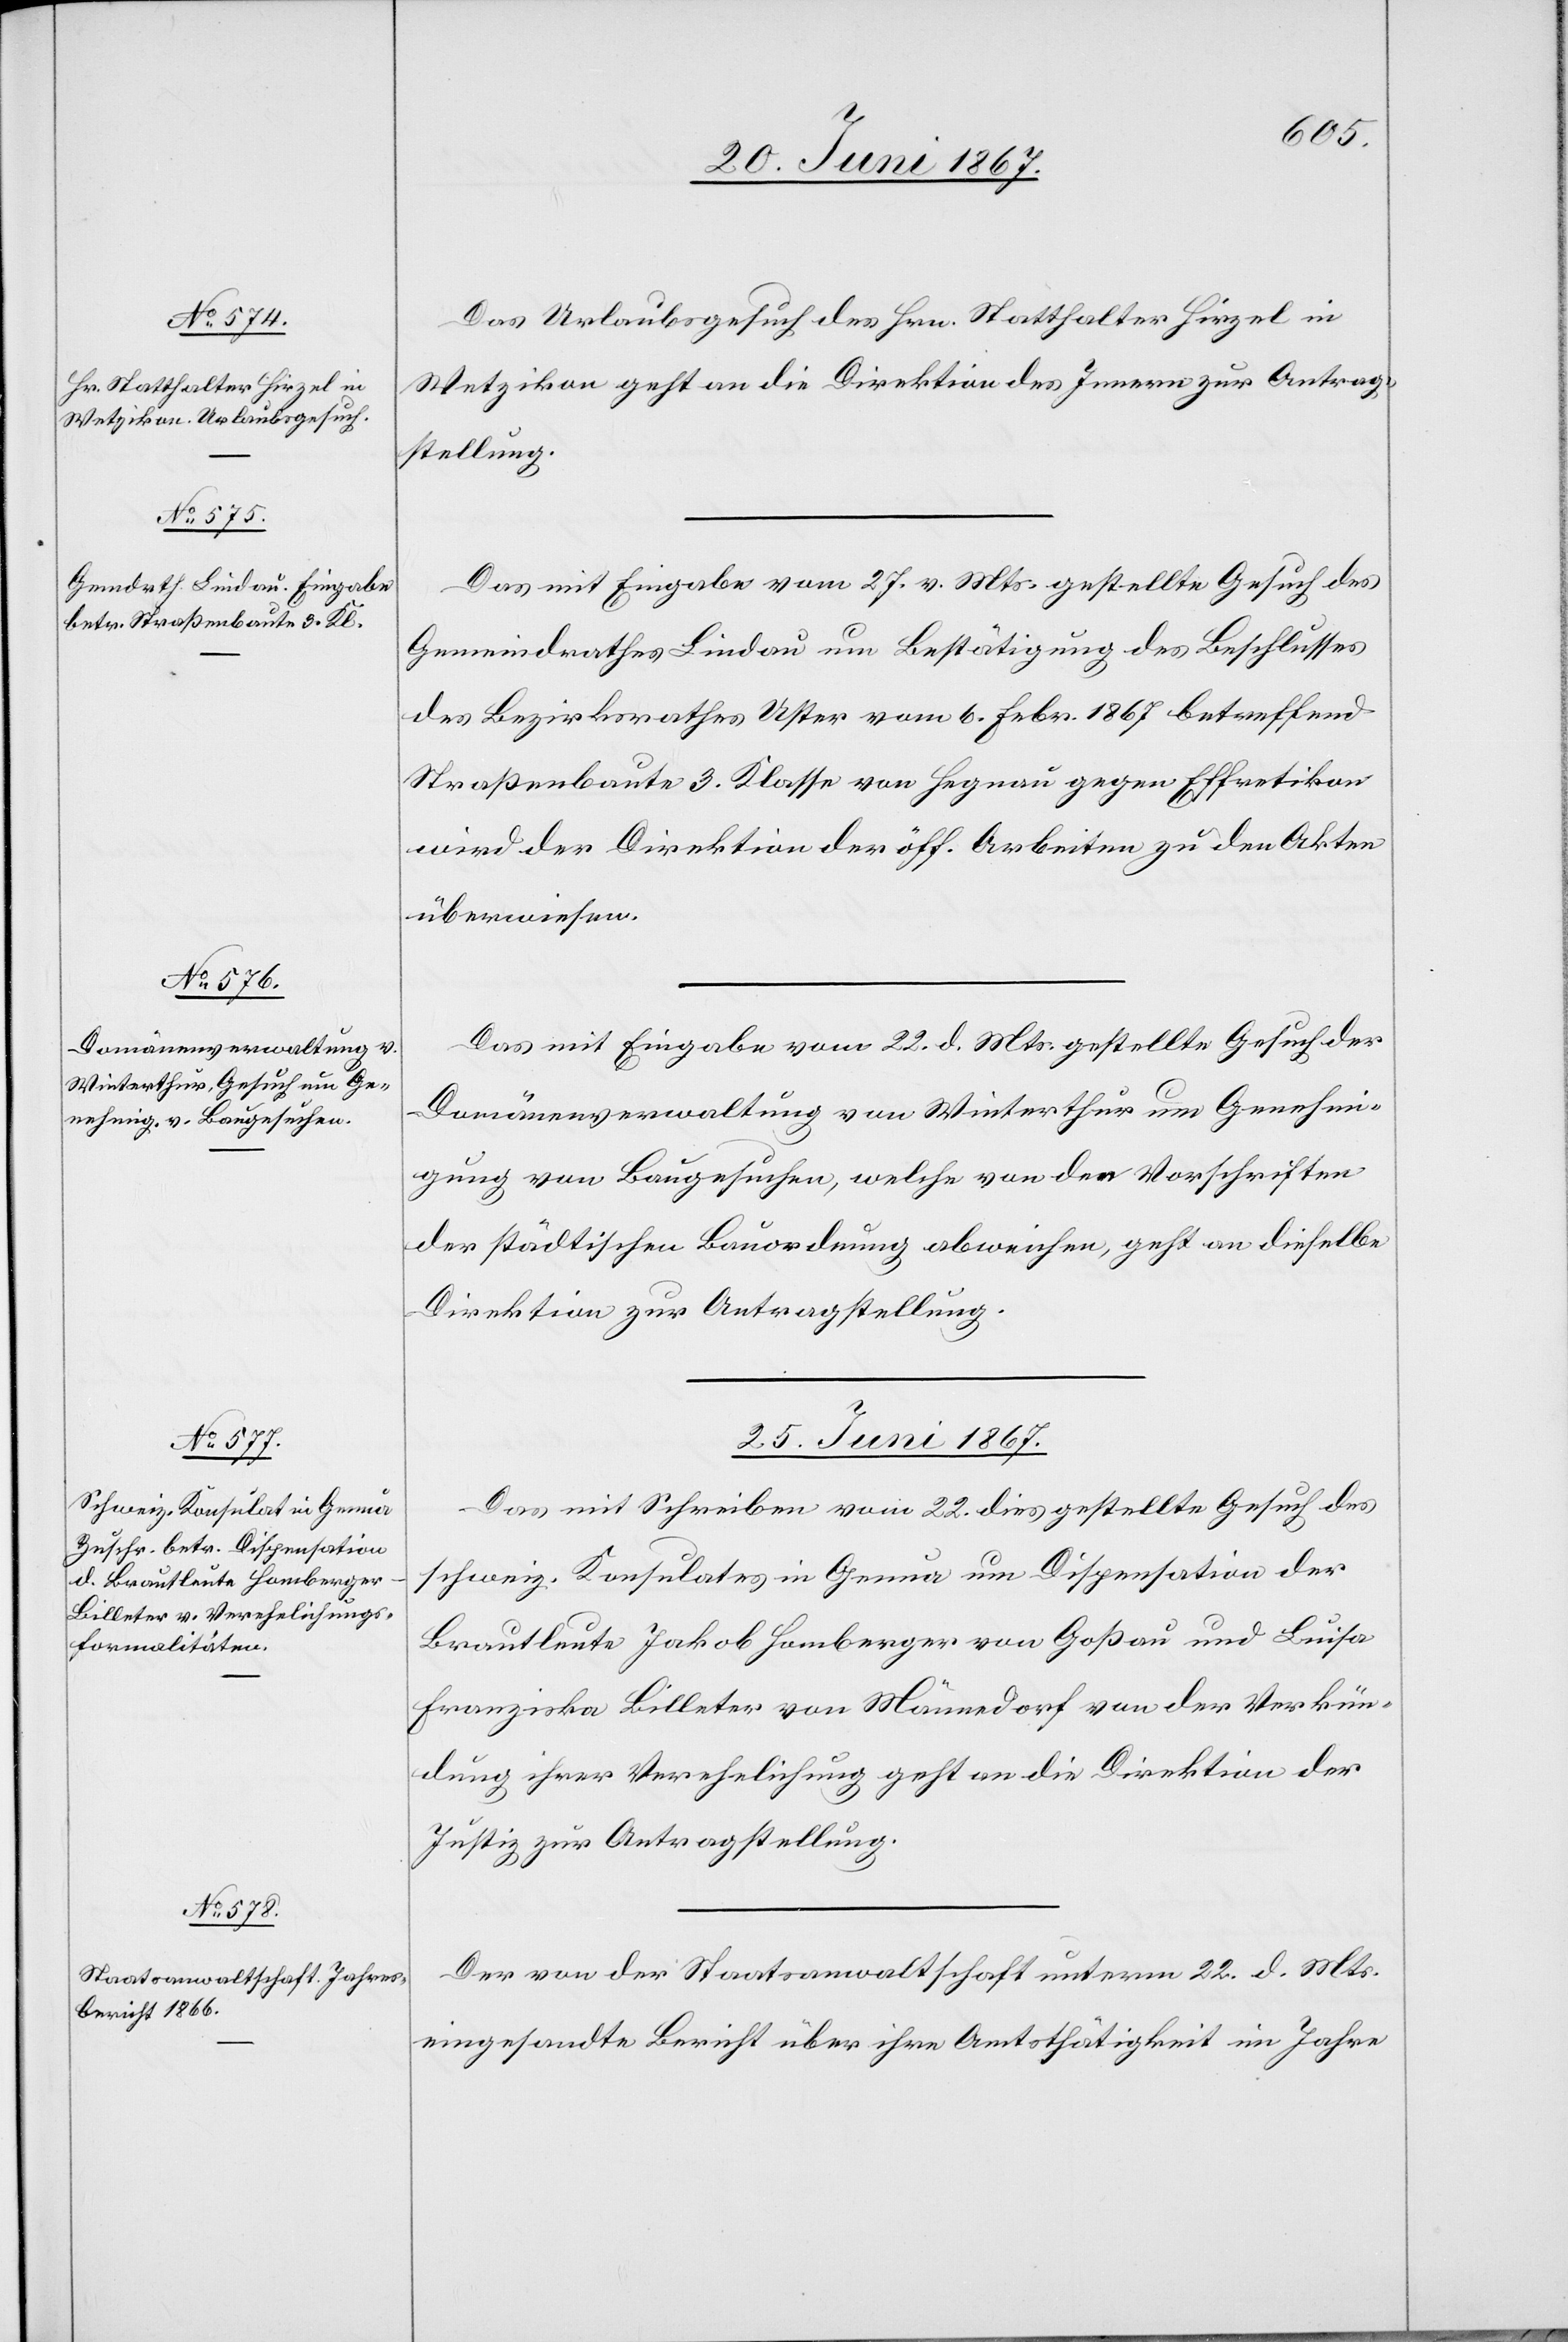
24. Juni 1867.]
Das Urlaubsgensuch des Hrn. Statthalter Hirzel in
Wetzikon geht an die Direktion des Innern zur Antrag¬
stellung.
Das mit Eingabe vom 27. v. Mts. gestellte Gesuch des
Gemeindrathes Lindau um Bestätigung des Beschlusses
des Bezirksrathes Uster vom 6. Febr. 1867 betreffend
Straßenbaute 3. Klasse von Hegnau gegen Effretikon
wird der Direktion der öff. Arbeiten zu den Akten
überwiesen.
Das mit Eingabe vom 22. d. Mts. gestellte Gesuch der
Domänenverwaltung von Winterthur um Genehmi¬
gung von Baugesuchen, welche von den Vorschriften
der städtischen Bauordnung abweichen, geht an dieselbe
Direktion zur Antragstellung.
25. Juni 1867.]
Das mit Schreiben vom 22. dies gestellte Gesuch des
schweiz. Konsulates in Genua um Dispensation der
Brautleute Jakob Homberger von Goßau und Luisa
Franziska Billeter von Männedorf von der Verkün¬
dung ihrer Verehelichung geht an die Direktion der
Justiz zur Antragstellung.
Der von der Staatsanwaltschaft unterm 22. d. Mts.
eingesandte Bericht über ihre Amtsthätigkeit im Jahre